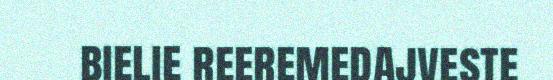
bielie reeremedajveste